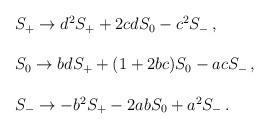
LaTeX: \begin{align*}\begin{array}{l}S_{+}\rightarrow d^2 S_{+} +2cd S_0 -c^2 S_{-}\,, \\ \\S_{0}\rightarrow bdS_{+}+(1+2bc)S_0 -acS_{-}\,, \\ \\S_{-}\rightarrow -b^2 S_{+}-2abS_0 +a^2 S_{-}\,.\end{array}\end{align*}